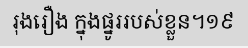
រុងរឿង ក្នុងផ្នូររបស់ខ្លួន។១៩